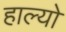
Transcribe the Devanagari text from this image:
हाल्‍यो